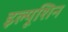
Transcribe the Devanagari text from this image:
इल्यूशिन